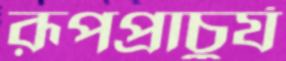
রূপপ্রাচুর্য